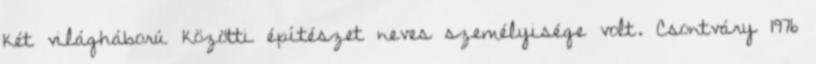
két világháború közötti építészet neves személyisége volt. Csontváry 1976